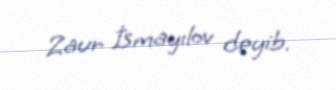
Zaur İsmayılov deyib.